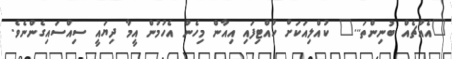
"އެއްޗެއް ބުނިންތަ..." ކުއްލިއަކަށް ހުއްޓިފައި އިއާން މިހެން އެހުމުން އީމާ ދިޔައީ ސިއްސައިގެންނެވެ.